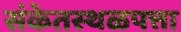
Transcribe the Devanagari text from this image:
संकेतस्थळपत्ता